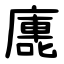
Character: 廤